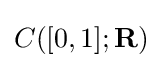
C([0,1];\mathbf {R} )